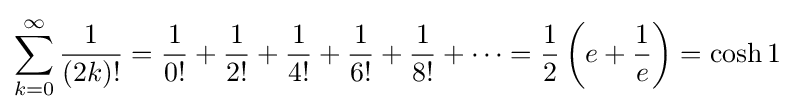
\sum _{k=0}^{\infty }{\frac {1}{(2k)!}}={\frac {1}{0!}}+{\frac {1}{2!}}+{\frac {1}{4!}}+{\frac {1}{6!}}+{\frac {1}{8!}}+\cdots ={\frac {1}{2}}\left(e+{\frac {1}{e}}\right)=\cosh 1